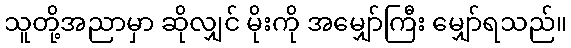
သူတို့အညာမှာ ဆိုလျှင် မိုးကို အမျှော်ကြီး မျှော်ရသည်။